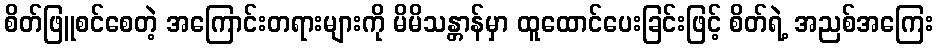
စိတ်ဖြူစင်စေတဲ့ အကြောင်းတရားများကို မိမိသန္တာန်မှာ ထူထောင်ပေးခြင်းဖြင့် စိတ်ရဲ့ အညစ်အကြေး